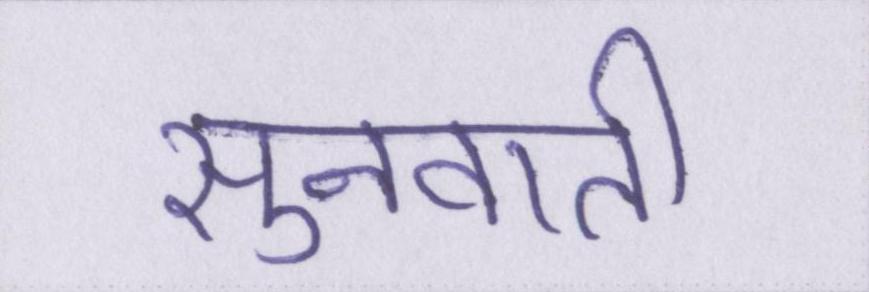
सुनवाती